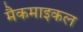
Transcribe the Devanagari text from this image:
मैकमाइकल